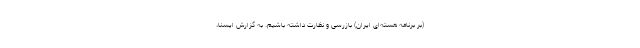
(بر برنامه هسته‌ای ایران) بازرسی و نظارت داشته باشیم. به گزارش ایسنا،